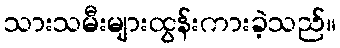
သားသမီးများထွန်းကားခဲ့သည်။